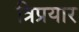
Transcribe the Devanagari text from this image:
त्रिप्रयार